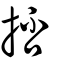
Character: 㧵